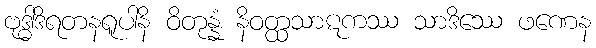
ဗုဒ္ဓါဒိရတနရူပါနိ ဝိတုန္နံ နိဝတ္ထသာဋကဿ သာဒိဿေ ဖဏေန